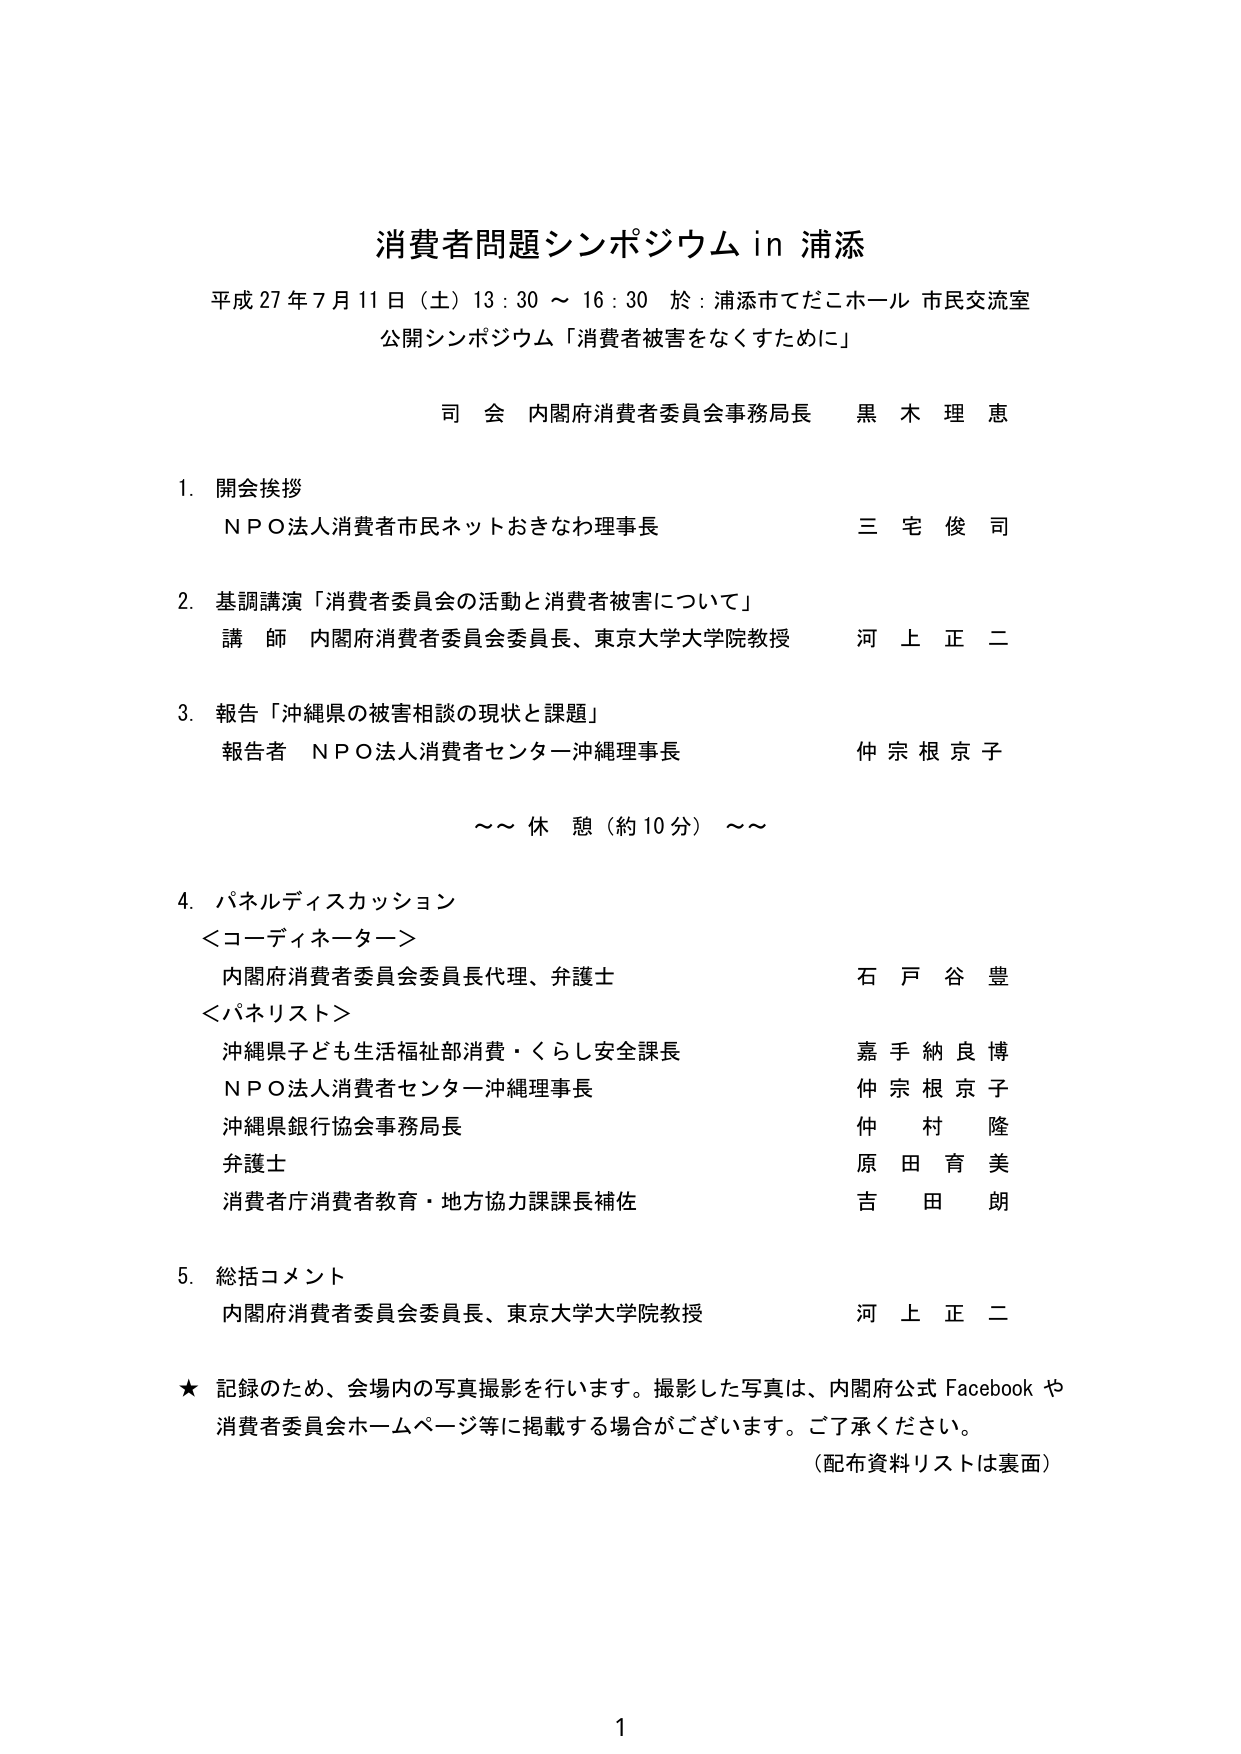
消費者問題シンポジウム in 浦添
平成27年7月11日（土）13：30～16：30 於：浦添市てだこホール 市民交流室
公開シンポジウム「消費者被害をなくすために」

司会 内閣府消費者委員会事務局長 黒木理恵

1. 開会挨拶
　ＮＰＯ法人消費者市民ネットおきなわ理事長 三宅俊司

2. 基調講演「消費者委員会の活動と消費者被害について」
　講師 内閣府消費者委員会委員長、東京大学大学院教授 河上正二

3. 報告「沖縄県の被害相談の現状と課題」
　報告者 ＮＰＯ法人消費者センター沖縄理事長 仲宗根京子

　～～休憩（約10分）～～

4. パネルディスカッション
　＜コーディネーター＞
　　内閣府消費者委員会委員長代理、弁護士 石戸谷豊
　＜パネリスト＞
　　沖縄県子ども生活福祉部消費・くらし安全課長 嘉手納良博
　　ＮＰＯ法人消費者センター沖縄理事長 仲宗根京子
　　沖縄県銀行協会事務局長 仲村隆
　　弁護士 原田育美
　　消費者庁消費者教育・地方協力課課長補佐 吉田朗

5. 総括コメント
　内閣府消費者委員会委員長、東京大学大学院教授 河上正二

★ 記録のため、会場内の写真撮影を行います。撮影した写真は、内閣府公式 Facebook や消費者委員会ホームページ等に掲載する場合がございます。ご了承ください。
（配布資料リストは裏面）

1